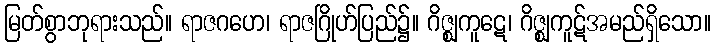
မြတ်စွာဘုရားသည်။ ရာဇဂဟေ၊ ရာဇဂြိုဟ်ပြည်၌။ ဂိဇ္ဈကူဋေ၊ ဂိဇ္ဈကူဋ်အမည်ရှိသော။